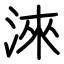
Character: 淶